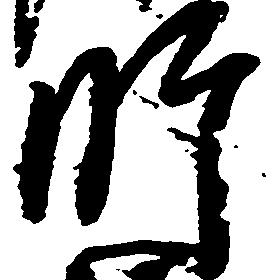
肝